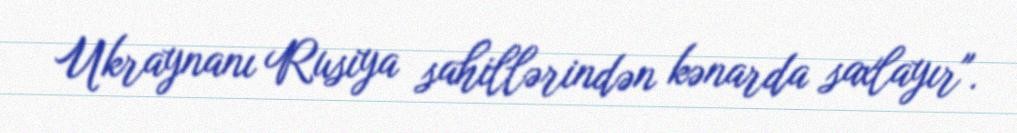
Ukraynanı Rusiya sahillərindən kənarda saxlayır".